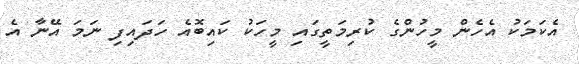
އެކަމަކު އެހެން މީހުންގެ ކުރިމަތީގައި މީހަކު ކައިބޮއެ ހަދައިފި ނަމަ އޭނާ އެ